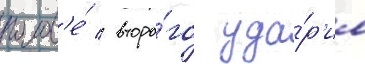
голов'е́ / второ́го уда́р'ил